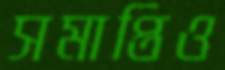
সমাপ্তিও